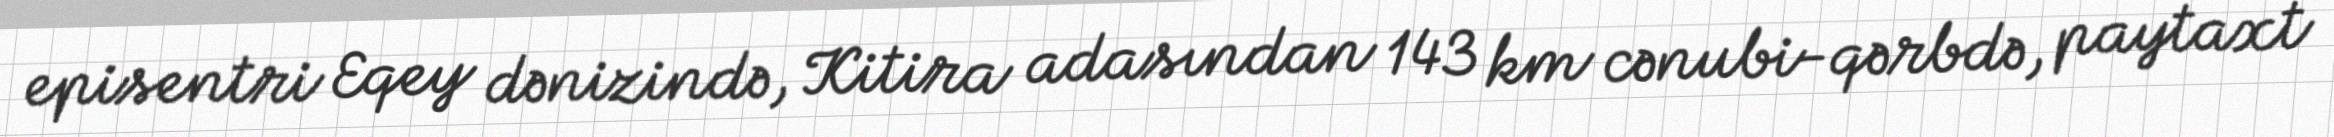
episentri Eqey dənizində, Kitira adasından 143 km cənubi-qərbdə, paytaxt